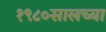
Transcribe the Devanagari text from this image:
१९८०सालच्या